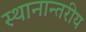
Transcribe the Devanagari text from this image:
स्थानान्तरीय